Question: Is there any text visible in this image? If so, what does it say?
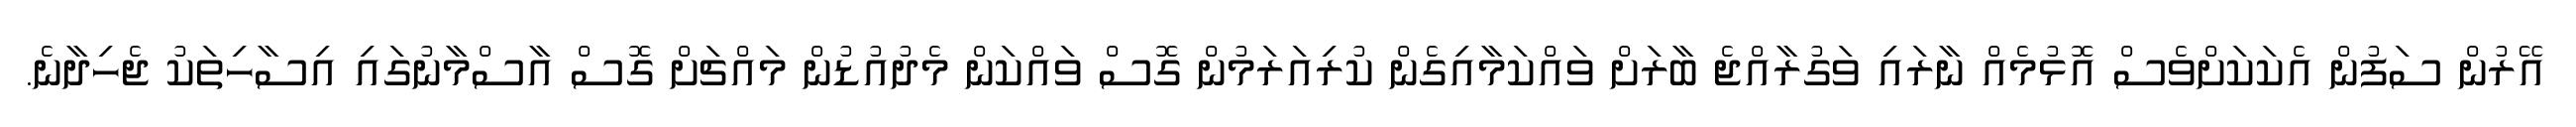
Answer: އޭރުން ސަފުން އެކަކަށްވެސް އޮޅުމެއް ނާރައި ވަގުރާއްޖެ ބާރަށް ވައްކަމާއިގެން ކުރިއަރަމުން ގޮސް ވައްކަން މެދުއުޑުން މައްޗަށް ގޮސް އާސްމާނުގައި އިސާހިތަކު ޖެހިދާނެ.